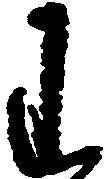
わ